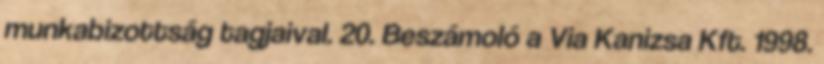
munkabizottság tagjaival. 20. Beszámoló a Via Kanizsa Kft. 1998.